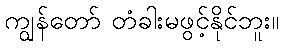
ကျွန်တော် တံခါးမဖွင့်နိုင်ဘူး။